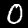
Label: 0